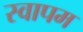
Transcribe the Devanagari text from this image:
स्वापम